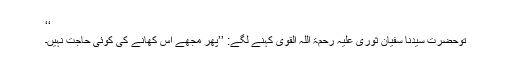
‘‘
توحضرت سیدنا سفیان ثوری علیہ رحمۃ اللہ القوی کہنے لگے: ’’پھر مجھے اس کھانے کی کوئی حاجت نہیں۔